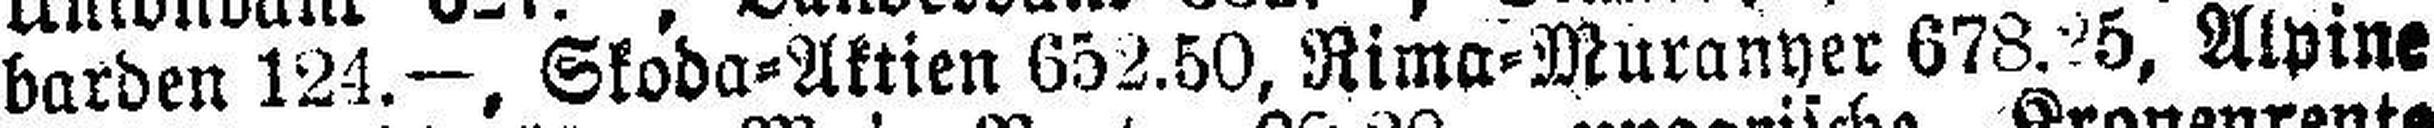
barden 124.—, Skoda=Aktien 652.50, Rima=Muranyer 678.25, Alpine